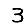
Digit: 3